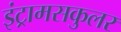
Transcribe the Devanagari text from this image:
इंट्रामसकुलर